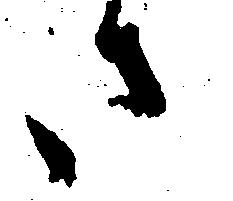
さ